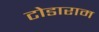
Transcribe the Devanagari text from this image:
टोडाराम